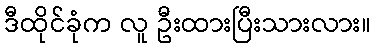
ဒီထိုင်ခုံက လူ ဦးထားပြီးသားလား။